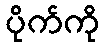
ပိုက်ကို